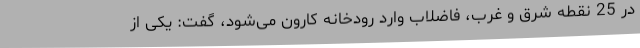
در 25 نقطه شرق و غرب، فاضلاب وارد رودخانه کارون می‌شود، گفت: یکی از